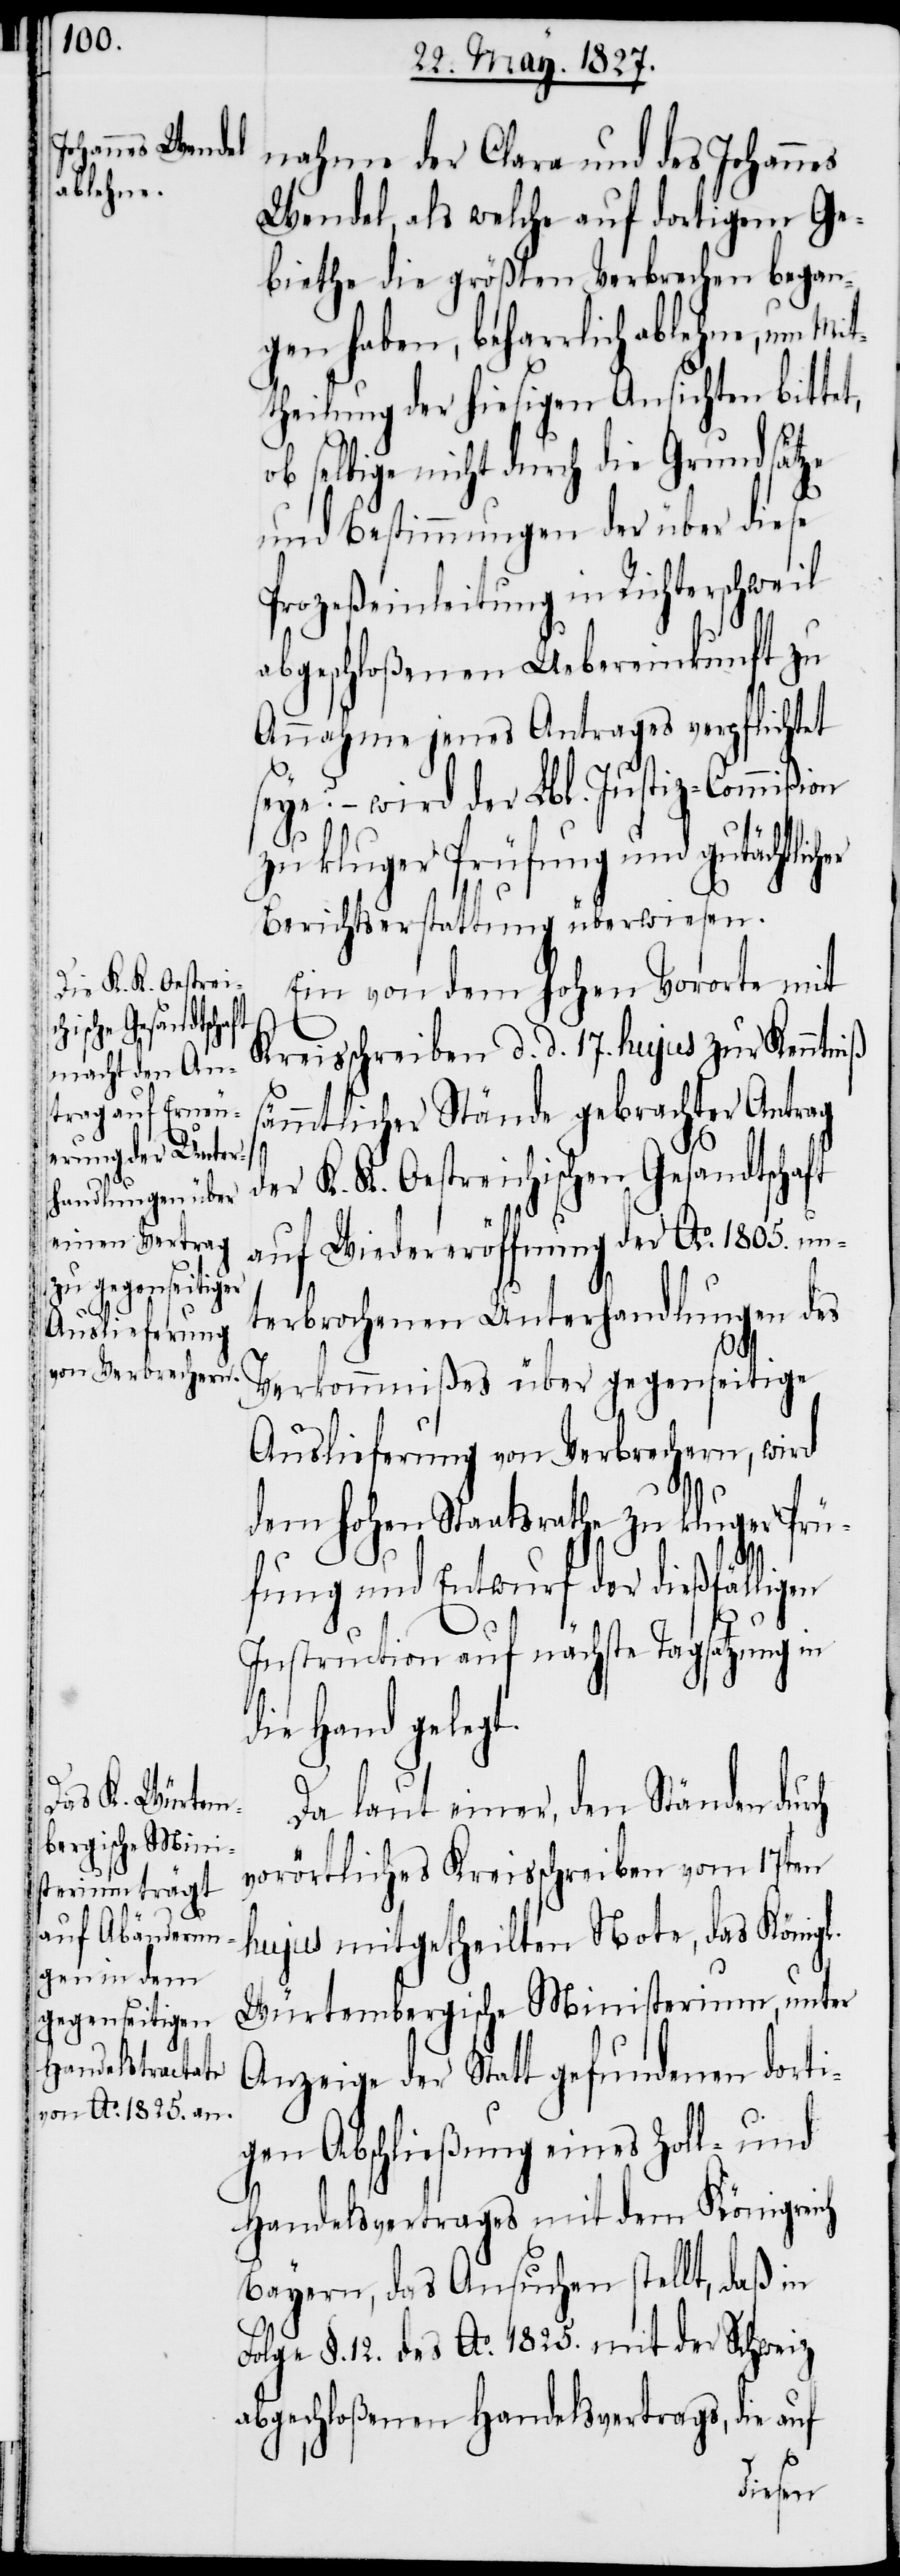
nahme der Clara und des Johannes
Wendel, als welche auf dortigem Ge¬
biethe die größten Verbrechen began¬
gen haben, beharrlich ablehne, um Mit¬
theilung der hiesigen Ansichten bitte¬
ob selbige nicht durch die Grundsätze
und Bestimmungen der über diese
Prozeßeinleitung in Richterschweil
abgeschloßenen Uebereinkunft zu
Annahme jenes Antrages verpflichtet
seye? – wird der Lbl. Justiz-Commißion
zu kluger Prüfung und gutächtli¬
Berichtserstattung überwiesen.
Ein von dem Hohen Vororte mit
Kreisschreiben d. d. 17. hujus zur Kenntniß
sämmtlicher Stände gebrachter Antrag
der K. K. Oestreichischen Gesandtschaft
auf Wiedereröffnung der Ao. 1805. un¬
terbrochenen Unterhandlungen des
Verkommnißes über gegenseitige
Auslieferung von Verbrechern, wird
dem Hohen Staatsrathe zu kluger Prü¬
fung und Entwurf der dießfälligen
l.
Instruction auf nächste Tagsatzung in
die Hand gelegt.
Da laut einer, den Ständen dur¬
vorörtliches Kreisschreiben vom 17ten
hujus mitgetheilten Note, das König¬
Würtembergische Ministerium, unter
Anzeige der Statt gefundenen dorti¬
gen Abschließung eines Zoll- und
Handelsvertrages mit dem Königreich
Bayern, das Ansuchen stellt, daß in
Folge §. 12. des Ao. 1825. mit der Schweiz
abgeschloßenen Handelsvertrags, die auf